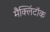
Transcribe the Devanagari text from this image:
मैक्लिंटॉक